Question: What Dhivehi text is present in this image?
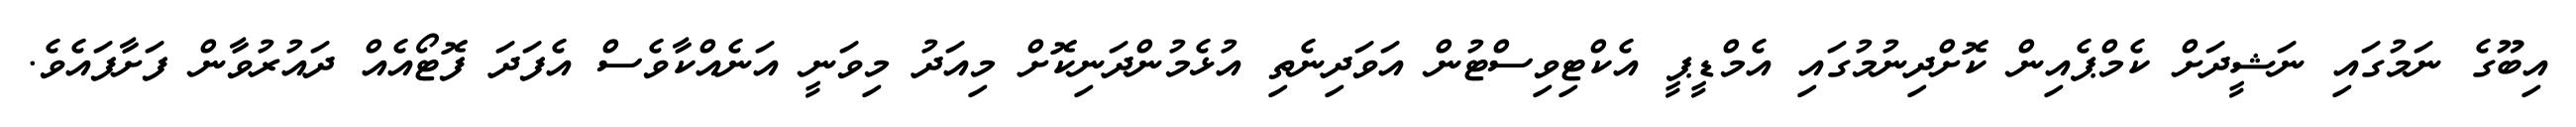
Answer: އިބޫގެ ނަމުގައި ނަޝީދަށް ކެމްޕެއިން ކޮށްދިނުމުގައި އެމްޑީޕީ އެކްޓިވިސްޓުން އަވަދިނެތި އުޅެމުންދަނިކޮށް މިއަދު މިވަނީ އަނެއްކާވެސް އެފަދަ ފޮޓޯއެއް ދައުރުވާން ފަށާފައެވެ.